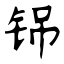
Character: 铞